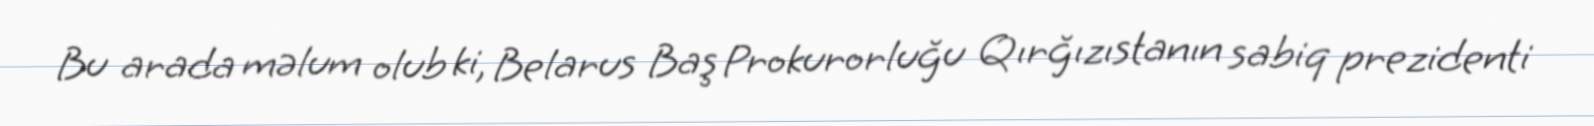
Bu arada məlum olub ki, Belarus Baş Prokurorluğu Qırğızıstanın sabiq prezidenti